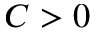
C > 0